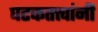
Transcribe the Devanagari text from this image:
घटकतत्त्वांनी